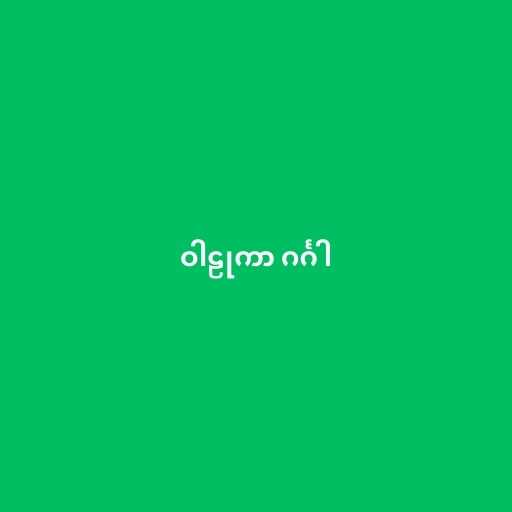
ဝါဠုကာ ဂင်္ဂါ